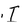
Character: I